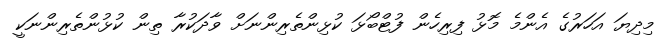
މިދިޔަ އަހަރުގެ އެންމެ މޮޅު ފިރިހެން ފުޓްބޯޅަ ކުޅިންތެރިންނަށް ވާދަކުރާ ތިން ކުޅުންތެރިންނަކީ